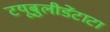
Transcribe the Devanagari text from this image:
टयूबुलीडेंटाटा